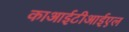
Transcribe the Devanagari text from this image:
काआईटीआईएल